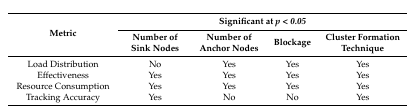
<table><thead><tr><td rowspan="2"><b>Metric</b></td><td colspan="4"><b>Significant at <i>p &lt; 0.05</i></b></td></tr><tr><td><b>Number of Sink Nodes</b></td><td><b>Number of Anchor Nodes</b></td><td><b>Blockage</b></td><td><b>Cluster Formation Technique</b></td></tr></thead><tbody><tr><td>Load Distribution</td><td>No</td><td>Yes</td><td>Yes</td><td>Yes</td></tr><tr><td>Effectiveness</td><td>Yes</td><td>Yes</td><td>Yes</td><td>Yes</td></tr><tr><td>Resource Consumption</td><td>Yes</td><td>Yes</td><td>Yes</td><td>Yes</td></tr><tr><td>Tracking Accuracy</td><td>Yes</td><td>No</td><td>No</td><td>Yes</td></tr></tbody></table>